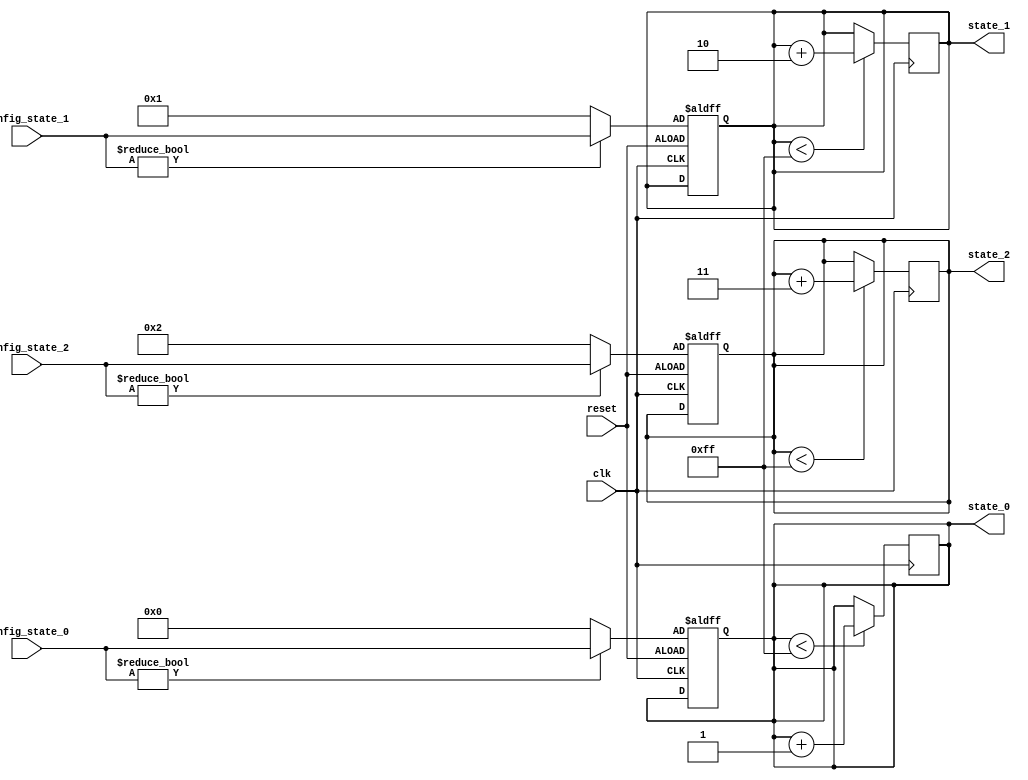
module ConfigurableInitialConditions #(
    parameter integer INIT_STATE_0 = 8'd0,  // Initial value for state variable 0
    parameter integer INIT_STATE_1 = 8'd1,  // Initial value for state variable 1
    parameter integer INIT_STATE_2 = 8'd2   // Initial value for state variable 2
)(
    input wire clk,                          // Clock signal
    input wire reset,                        // Reset signal
    input wire [7:0] config_state_0,       // External configuration for state variable 0
    input wire [7:0] config_state_1,       // External configuration for state variable 1
    input wire [7:0] config_state_2,       // External configuration for state variable 2
    output reg [7:0] state_0,               // State variable 0
    output reg [7:0] state_1,               // State variable 1
    output reg [7:0] state_2                // State variable 2
);

    // Initialization Logic
    always @(posedge clk or posedge reset) begin
        if (reset) begin
            // Reset state variables to configured initial conditions
            state_0 <= config_state_0 != 8'd0 ? config_state_0 : INIT_STATE_0;
            state_1 <= config_state_1 != 8'd0 ? config_state_1 : INIT_STATE_1;
            state_2 <= config_state_2 != 8'd0 ? config_state_2 : INIT_STATE_2;
        end
    end

    // Behavioral Modeling (Example behavior)
    always @(posedge clk) begin
        // Example behavior: Increment state variables based on some conditions
        if (state_0 < 8'd255) begin
            state_0 <= state_0 + 1;
        end
        
        if (state_1 < 8'd255) begin
            state_1 <= state_1 + 2;
        end
        
        if (state_2 < 8'd255) begin
            state_2 <= state_2 + 3;
        end
    end

endmodule